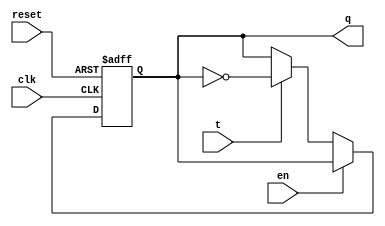
`timescale 1ns / 1ps
//////////////////////////////////////////////////////////////////////////////////
// Company: 
// Engineer: 
// 
// Design Name: 
// Module Name: T_FF
// Project Name: 
// Target Devices: 
// Tool Versions: 
// Description: 
// 
// Dependencies: 
// 
// Revision:
// Revision 0.01 - File Created
// Additional Comments:
// 
//////////////////////////////////////////////////////////////////////////////////


module T_FF(q, clk, t, reset, en );
input clk, t, reset, en ;
output reg q;

always @(posedge clk, posedge reset)
  begin 
  if( reset)
    q <= 0;
    
    else if (en == 1)
    q <= q;
    
    else if (t == 0)
    q <= q;
    
    else if ( t==1)
    q<= ~q;
    
    else 
    q <= q;
    
    
  end

endmodule